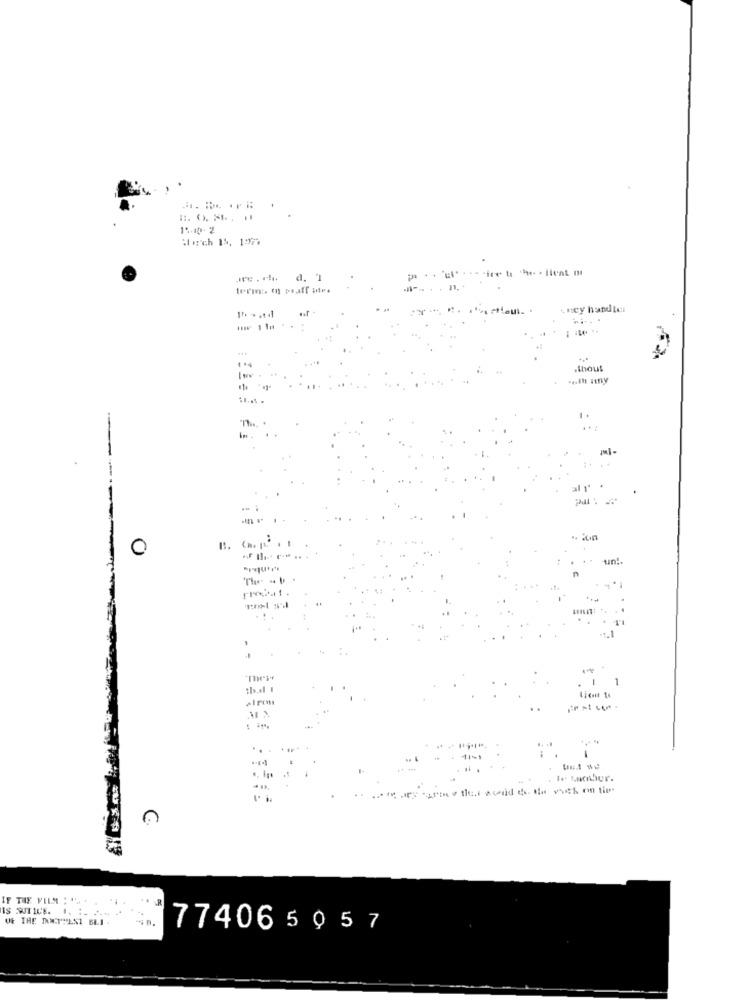
14.40. 2
terms () prafl utes
thout
1.
...
.: un-
The .
.. Im
IF THE FILM : " ..
1.
..
774065057